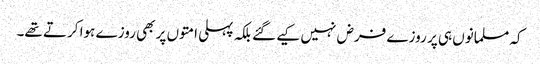
کہ مسلمانوں ہی پر روزے فرض نہیں کیے گئے بلکہ پہلی امتوں پر بھی روزے ہوا کرتے تھے۔